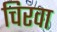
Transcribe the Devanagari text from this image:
चिरवा